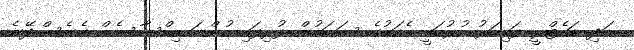
އަދި ޑައެޓްރީ ފައިބަރު ހުރުމަކީ އެކަމުގެ ސަބަބުން ފުރިފައި ހުންނަ އިހްސާސެއް ގެނެސްދޭނެ